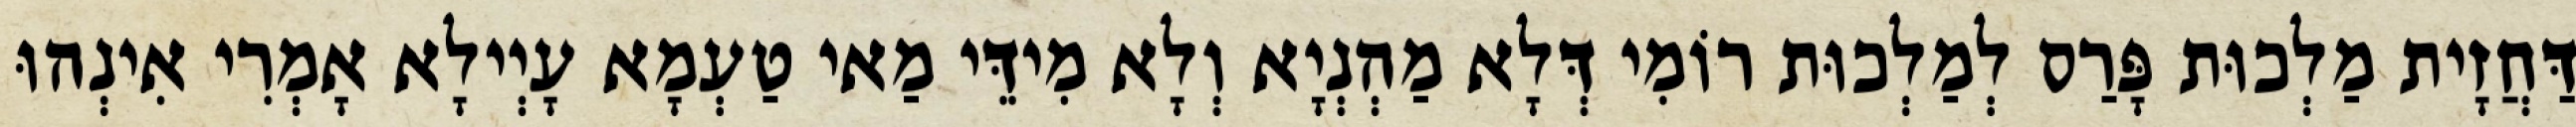
דַּחֲזָית מַלְכוּת פָּרַס לְמַלְכוּת רוֹמִי דְּלָא מַהְנְיָא וְלָא מִידֵּי מַאי טַעְמָא עָיְילָא אָמְרִי אִינְהוּ